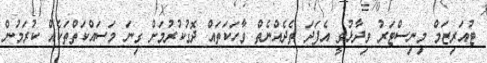
ޓުއަރިޒަމް މިނިސްޓަރު ވިދާޅުވީ އެފަދަ ތެދެއްނެތް ވާހަކަތައް ދޮގުކުރުމަށް ގިނަ މަސައްކަތްތަކެއް ކުރަމުން